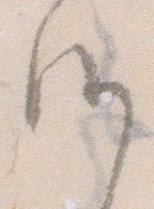
候